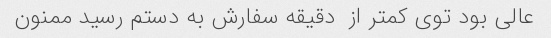
عالی بود توی کمتر از  دقیقه سفارش به دستم رسید ممنون